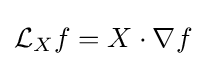
{\mathcal {L}}_{X}f=X\cdot \nabla f